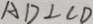
A D \bot C D